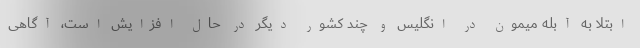
ابتلا به آبله میمون در انگلیس و چند کشور دیگر در حال افزایش است، آگاهی